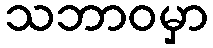
သဘာဝမှာ